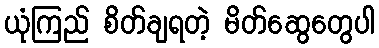
ယုံကြည် စိတ်ချရတဲ့ မိတ်ဆွေတွေပါ